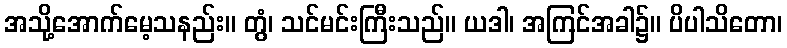
အသို့အောက်မေ့သနည်း။ တွံ၊ သင်မင်းကြီးသည်။ ယဒါ၊ အကြင်အခါ၌။ ပိပါသိတော၊